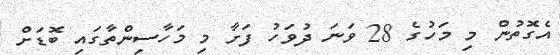
އެގޮތުން މި މަހުގެ 28 ވަނަ ދުވަހު ފަށާ މި މަހާސިންތާގައި ބޮޑަށް